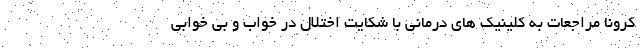
کرونا مراجعات به کلینیک های درمانی با شکایت اختلال در خواب و بی خوابی